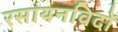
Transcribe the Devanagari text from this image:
रसायनविदों